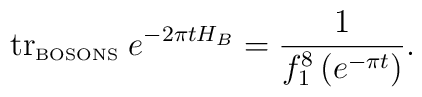
\mbox{tr}_{\mbox{\tiny BOSONS}}\; e^{-2\pi t H_B} = \frac{1}{f_1 ^8\left( e^{-\pi t}\right)}.